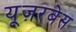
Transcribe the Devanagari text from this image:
यूज़रबेस